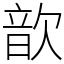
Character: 歆